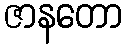
ဇာနတော